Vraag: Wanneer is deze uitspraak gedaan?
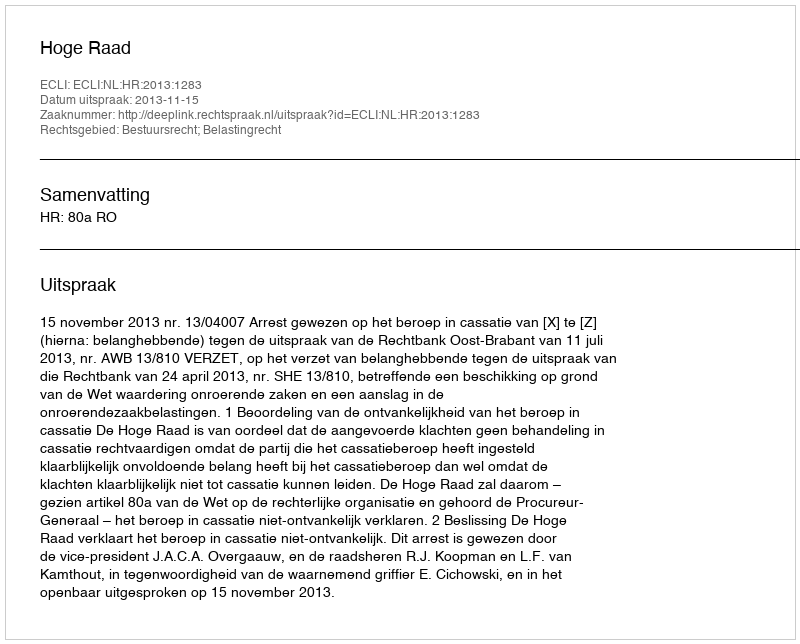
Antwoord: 2013-11-15